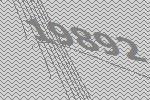
19892